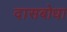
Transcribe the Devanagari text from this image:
दासबोधा